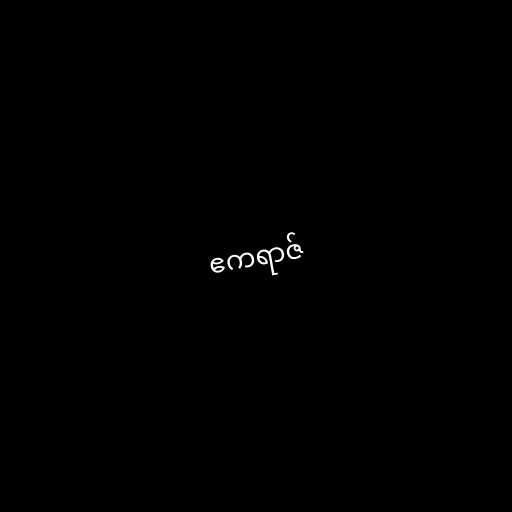
ဧကရာဇ်